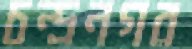
চন্দ্রনগর